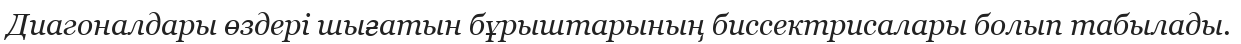
Диагоналдары өздері шығатын бұрыштарының биссектрисалары болып табылады.